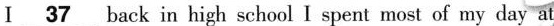
I \underline{37} back in high school I spent most of my day at